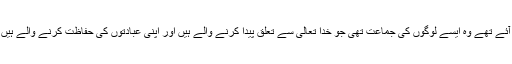
حضرت مسیح موعود علیہ الصلوۃ والسلام جو جماعت قائم کرنے آئے تھے وہ ایسے لوگوں کی جماعت تھی جو خدا تعالیٰ سے تعلق پیدا کرنے والے ہیں اور اپنی عبادتوں کی حفاظت کرنے والے ہیں، اس لئے آپ نے فرمایا کہ میں پیر پرستی کو ختم کرنے آیا ہوں۔